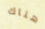
هناك